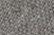
التجربة